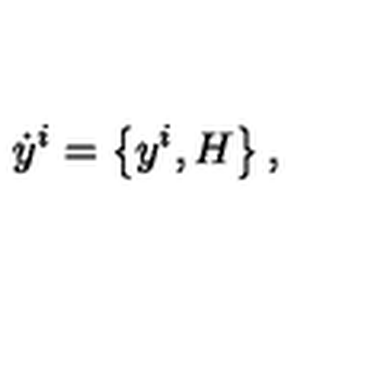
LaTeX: \dot { y } ^ { i } = \left\{ y ^ { i } , H \right\} ,